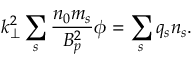
k _ { \perp } ^ { 2 } \sum _ { s } \frac { n _ { 0 } m _ { s } } { B _ { p } ^ { 2 } } \phi = \sum _ { s } q _ { s } n _ { s } .